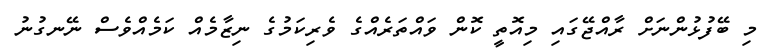
މި ބޭފުޅުންނަށް ރާއްޖޭގައި މިއޮތީ ކޮން ވައްތަރެއްގެ ވެރިކަމުގެ ނިޒާމެއް ކަމެއްވެސް ނޭނގުނު